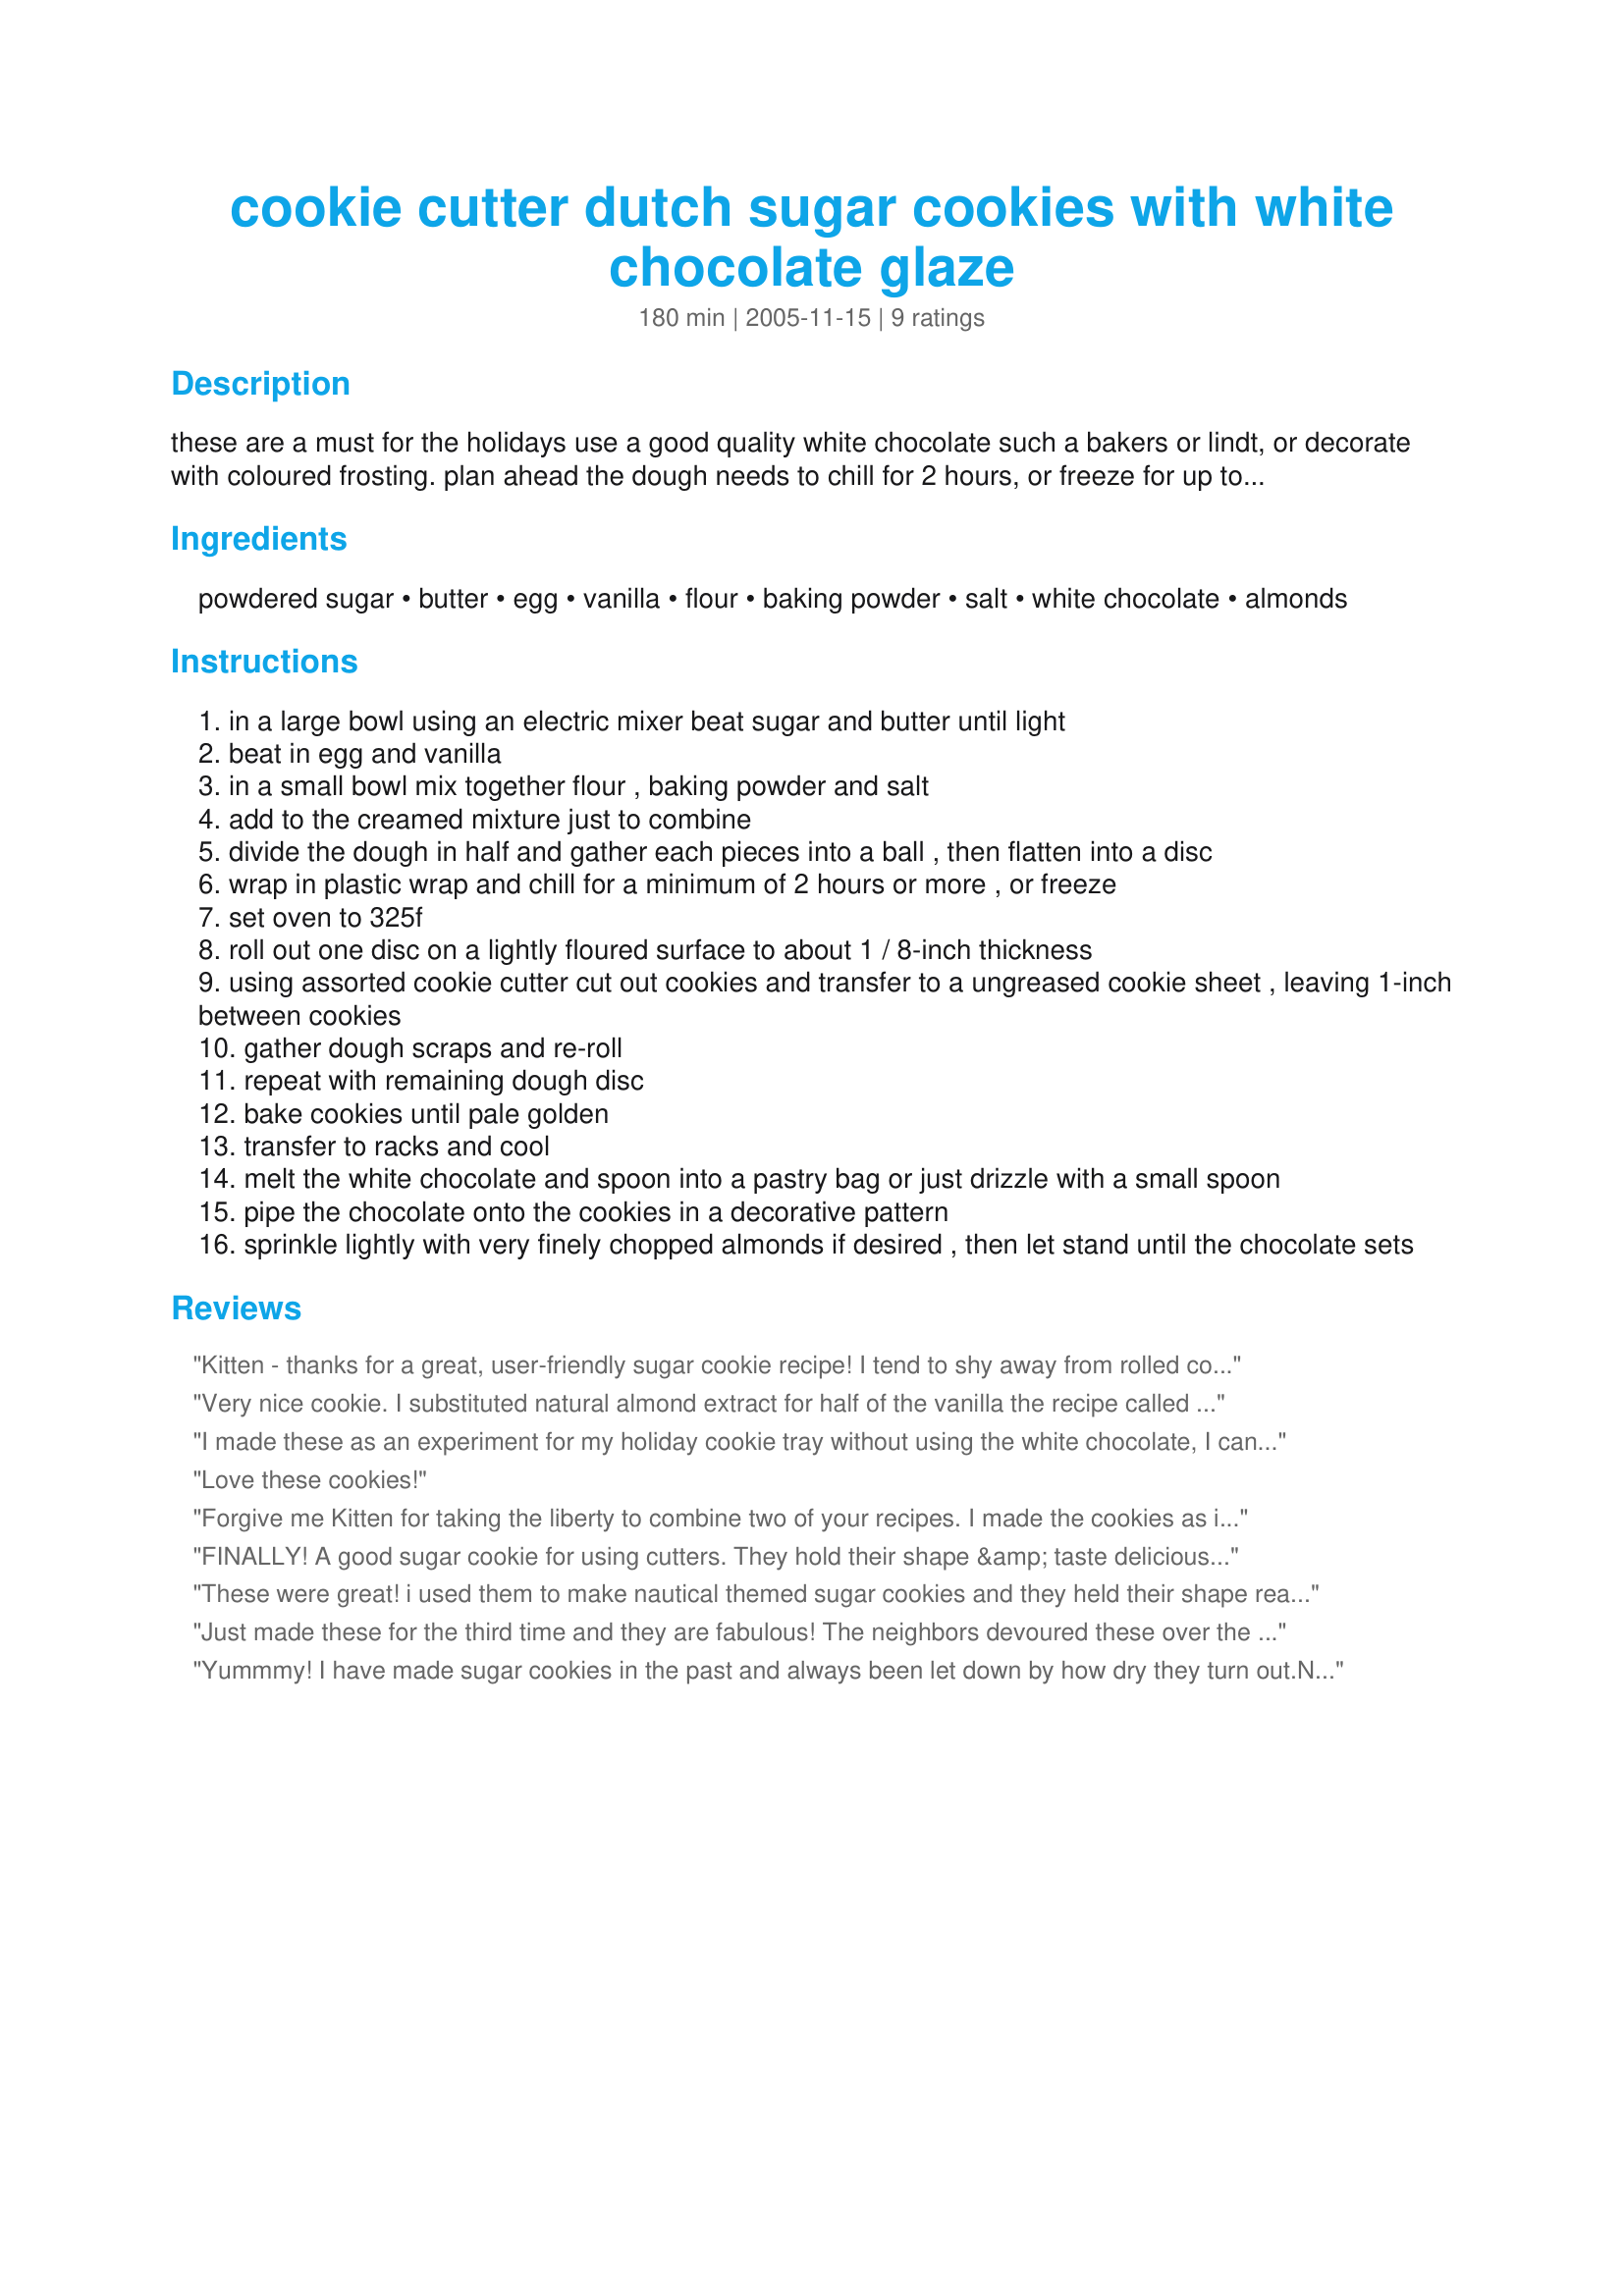
cookie cutter dutch sugar cookies with white chocolate glaze
Preparation time: 180 minutes

these are a must for the holidays use a good quality white chocolate such a bakers or lindt, or decorate with coloured frosting. plan ahead the dough needs to chill for 2 hours, or freeze for up to 1 month. you can also sprinkle with very finely chopped almonds on top of the chocolate.

Ingredients:
powdered sugar, butter, egg, vanilla, flour, baking powder, salt, white chocolate, almonds

Steps:
in a large bowl using an electric mixer beat sugar and butter until light
beat in egg and vanilla
in a small bowl mix together flour , baking powder and salt
add to the creamed mixture just to combine
divide the dough in half and gather each pieces into a ball , then flatten into a disc
wrap in plastic wrap and chill for a minimum of 2 hours or more , or freeze
set oven to 325f
roll out one disc on a lightly floured surface to about 1 / 8-inch thickness
using assorted cookie cutter cut out cookies and transfer to a ungreased cookie sheet , leaving 1-inch between cookies
gather dough scraps and re-roll
repeat with remaining dough disc
bake cookies until pale golden
transfer to racks and cool
melt the white chocolate and spoon into a pastry bag or just drizzle with a small spoon
pipe the chocolate onto the cookies in a decorative pattern
sprinkle lightly with very finely chopped almonds if desired , then let stand until the chocolate sets

Reviews:
Kitten - thanks for a great, user-friendly sugar cookie recipe! I tend to shy away from rolled cookies - but this is wonderfully forgiving dough. Is it the powdered sugar? And they are very tasty and they travel well (we took a batch to my daughter in college). Looks like I am making these again this Christmas! May even try the frosting this year ; ) Happy Holidays!
Very nice cookie. I substituted natural almond extract for half of the vanilla the recipe called for. I rolled the cookie dough into walnut sized balls and gently flattened it with the bottom of a heavy glass and sprinkled the cookies with a chunky granulated sugar before baking. After being baked and cooled I dipped half the cookie into the white chocolate glaze. Amazing,Delicious, a definate keeper of a recipe.
I made these as an experiment for my holiday cookie tray without using the white chocolate, I can't wait to make these again dipped in the chocolate, it couldn't get any better than this! 10 stars for these cookies! thank you Kitty.
Love these cookies!
Forgive me Kitten for taking the liberty to combine two of your recipes. I made the cookies as instructed...I left the dough in the fridge overnight. Let me tell you it was some of the nicest dough I have ever rolled out, no matter how many times I rerolled it, it was so since and smooth. I did have to cut the cooking time down a couple minutes but it is my oven. They made beautiful snowflake cookies for my cookie exchange party. I decorated them with the icing from Recipe #261889. I made a blue batch and a plain white icing batch. They were an absolute hit at the party. As always, Kittens recipes never fail and always impress. Thanks Kitten.
FINALLY! A good sugar cookie for using cutters. They hold their shape &amp; taste delicious. This one is going in the recipe box as THE recipe for when the kids want to use cookie cutters. Thanks!!
These were great! i used them to make nautical themed sugar cookies and they held their shape really well, the only problem i had was that the dough kept falling apart and i had to keep throwing dough on it, but other than that its a really good cookie.
Just made these for the third time and they are fabulous! The neighbors devoured these over the holidays and every time that I make them they vaporize within hours. Thanks for the incredible recipe!
Yummmy! I have made sugar cookies in the past and always been let down by how dry they turn out.Not the case with these cookies at all! they almost tasted more like shortbread.We made them for my daughters teddy bear picnic at school and cut out teddy bear shaped cookies.I didn't have any white chocolate so I just melted down some lindt chocolates(the balls in the red wrappers) then drizzled the chocolate over the cookies with a spoon once they were cool.Hubby wanted to eat them instead of sen them to school ;)
They were a big hit with the kids and easy to make, thanks so much for this recipe,I'll be using it again for christmas cookies too:)
